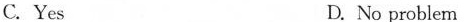
C.Yes D. No problem